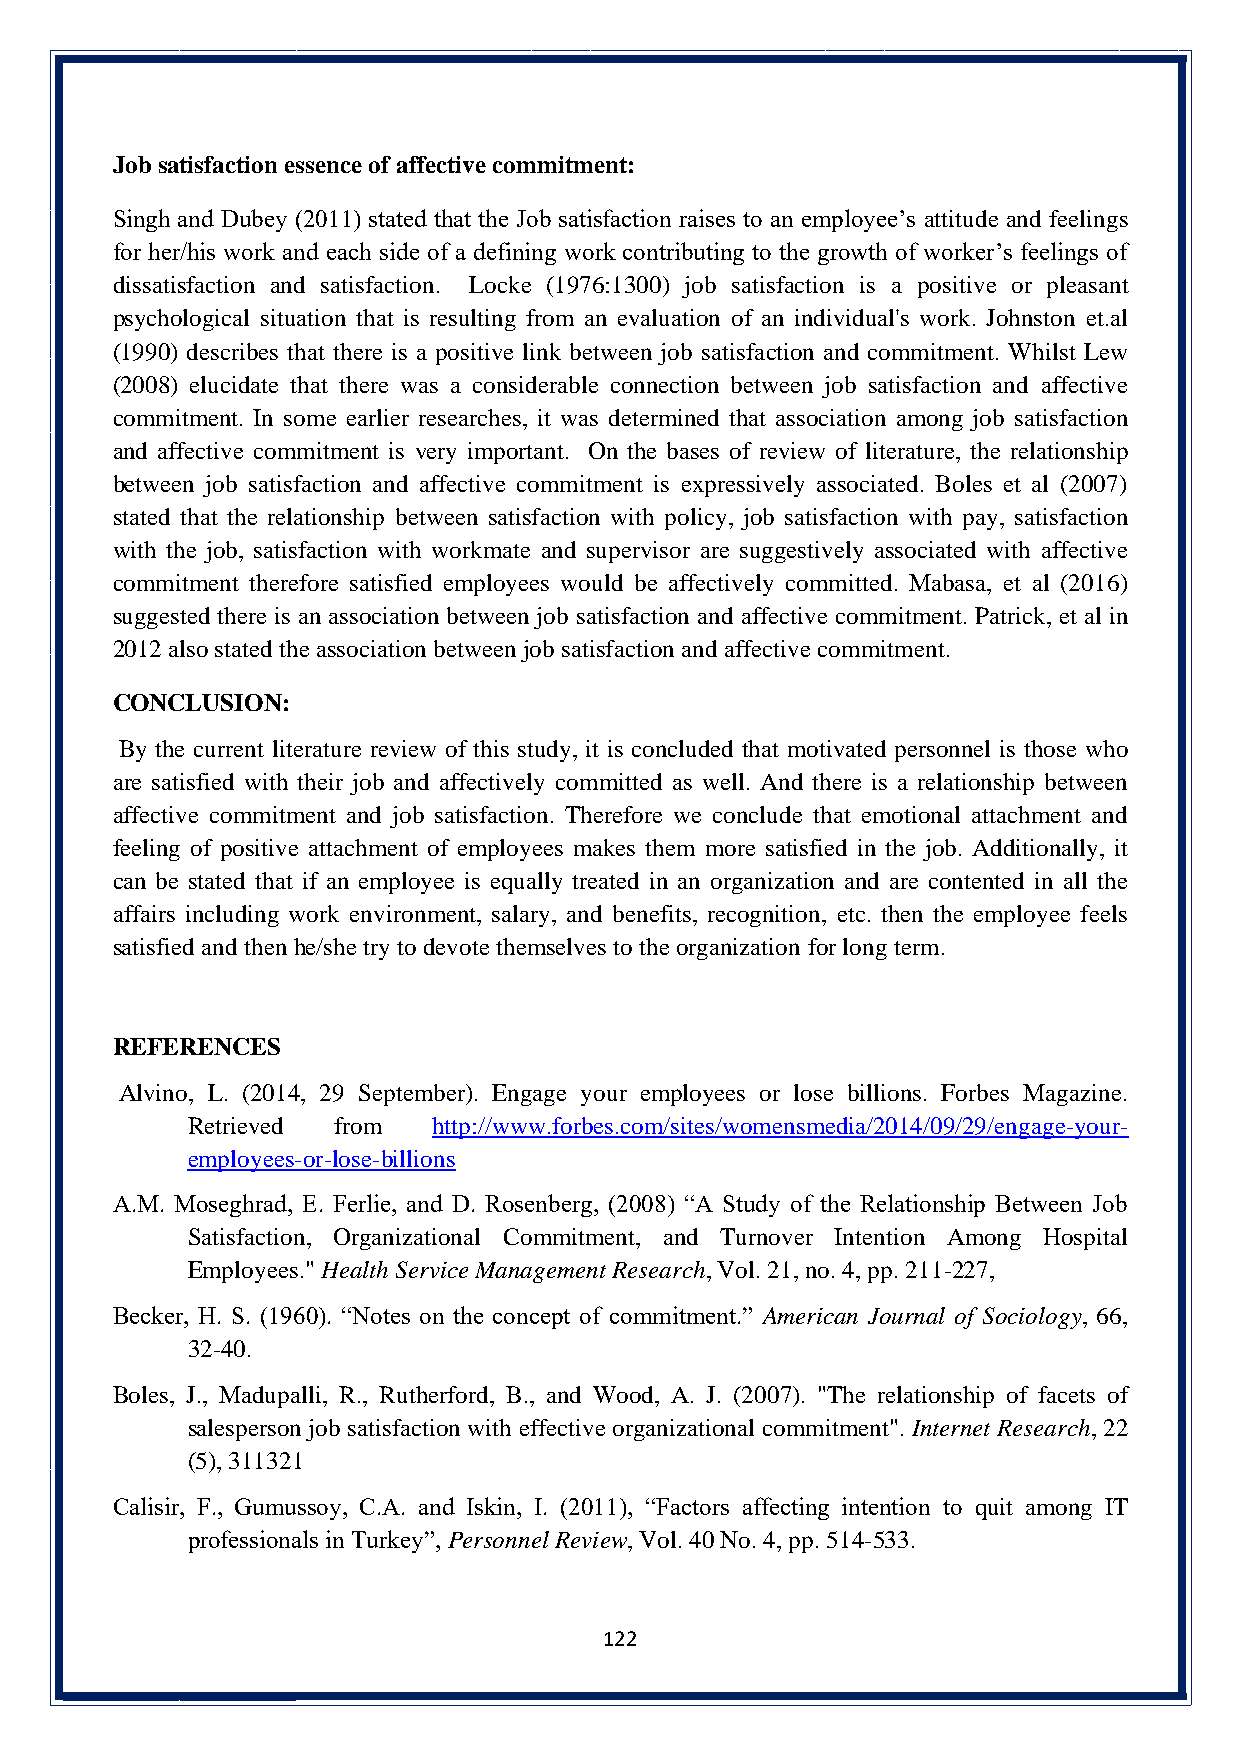
Job satisfaction essence of affective commitment:
 Singh and Dubey (2011) stated that the Job satisfaction raises to an employee’s attitude and feelings
 for her/his work and each side of a defining work contributing to the growth of worker’s feelings of
 dissatisfaction and satisfaction. Locke (1976:1300) job satisfaction is a positive or pleasant
 psychological situation that is resulting from an evaluation of an individual's work. Johnston et.al
 (1990) describes that there is a positive link between job satisfaction and commitment. Whilst Lew
 (2008) elucidate that there was a considerable connection between job satisfaction and affective
 commitment. In some earlier researches, it was determined that association among job satisfaction
 and affective commitment is very important. On the bases of review of literature, the relationship
 between job satisfaction and affective commitment is expressively associated. Boles et al (2007)
 stated that the relationship between satisfaction with policy, job satisfaction with pay, satisfaction
 with the job, satisfaction with workmate and supervisor are suggestively associated with affective
 commitment therefore satisfied employees would be affectively committed. Mabasa, et al (2016)
 suggested there is an association between job satisfaction and affective commitment. Patrick, et al in
 2012 also stated the association between job satisfaction and affective commitment.
 CONCLUSION:
 By the current literature review of this study, it is concluded that motivated personnel is those who
 are satisfied with their job and affectively committed as well. And there is a relationship between
 affective commitment and job satisfaction. Therefore we conclude that emotional attachment and
 feeling of positive attachment of employees makes them more satisfied in the job. Additionally, it
 can be stated that if an employee is equally treated in an organization and are contented in all the
 affairs including work environment, salary, and benefits, recognition, etc. then the employee feels
 satisfied and then he/she try to devote themselves to the organization for long term.
 REFERENCES
 Alvino, L. (2014, 29 September). Engage your employees or lose billions. Forbes Magazine.
 Retrieved from   http://www.forbes.com/sites/womensmedia/2014/09/29/engage-your-
 employees-or-lose-billions
 A.M. Moseghrad, E. Ferlie, and D. Rosenberg, (2008) “A Study of the Relationship Between Job
 Satisfaction, Organizational Commitment, and Turnover Intention Among Hospital
 Employees." Health Service Management Research, Vol. 21, no. 4, pp. 211-227,
 Becker, H. S. (1960). “Notes on the concept of commitment.” American Journal of Sociology, 66,
 32-40.
 Boles, J., Madupalli, R., Rutherford, B., and Wood, A. J. (2007). "The relationship of facets of
 salesperson job satisfaction with effective organizational commitment". Internet Research, 22
 (5), 311321
 Calisir, F., Gumussoy, C.A. and Iskin, I. (2011), “Factors affecting intention to quit among IT
 professionals in Turkey”, Personnel Review, Vol. 40 No. 4, pp. 514-533.
 122